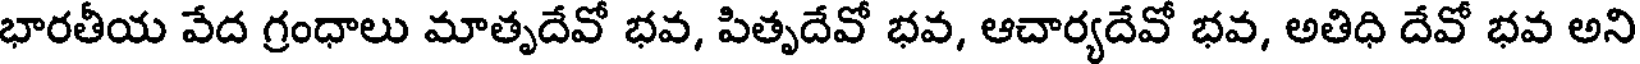
భారతీయ వేద గ్రంధాలు మాతృదేవో భవ, పితృదేవో భవ, ఆచార్యదేవో భవ, అతిధి దేవో భవ అని